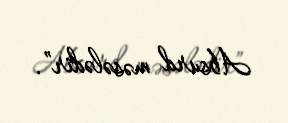
Absurd məsələdir”.